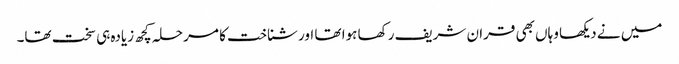
میں نے دیکھا وہاں بھی قران شریف رکھا ہوا تھا اور شناخت کا مرحلہ کچھ زیادہ ہی سخت تھا۔